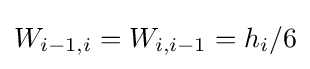
W_{i-1,i}=W_{i,i-1}=h_{i}/6